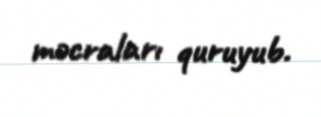
məcraları quruyub.